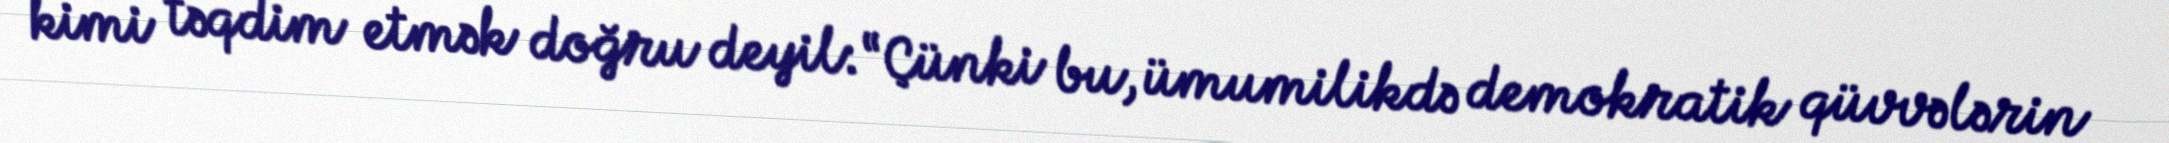
kimi təqdim etmək doğru deyil: “Çünki bu, ümumilikdə demokratik qüvvələrin